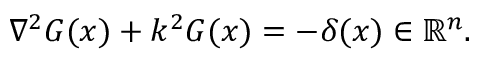
\nabla ^ { 2 } G ( x ) + k ^ { 2 } G ( x ) = - \delta ( x ) \in \mathbb { R } ^ { n } .